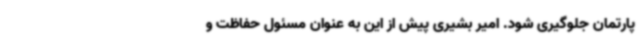
پارتمان جلوگیری شود. امیر بشیری پیش از این به عنوان مسئول حفاظت و